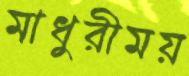
মাধুরীময়